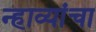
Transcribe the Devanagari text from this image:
न्हाव्यांचा